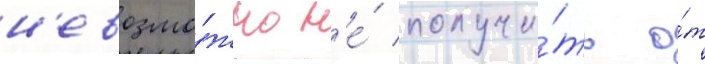
н'евозмо́жно н'е́ получи́ть о́т